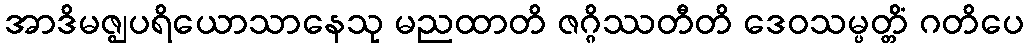
အာဒိမဇ္ဈပရိယောသာနေသု မညထာတိ ဇဂ္ဂိဿတီတိ ဒေဝသမ္ပတ္တိံ ဂတိပေ